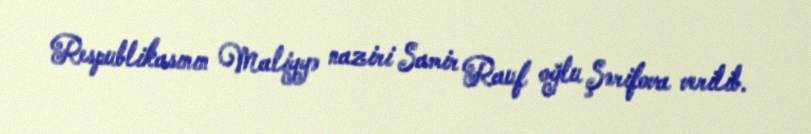
Respublikasının Maliyyə naziri Samir Rauf oğlu Şərifova verilib.